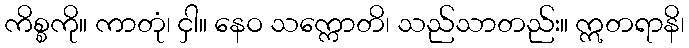
ကိစ္စကို။ ကာတုံ၊ ငှါ။ နေဝ သက္ကောတိ၊ သည်သာတည်း။ ဣတရာနိ၊